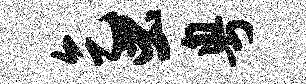
乞虫粤